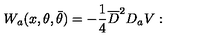
W _ { a } ( x , \theta , \bar { \theta } ) = - \frac { 1 } { 4 } \overline { { D } } ^ { 2 } D _ { a } V :